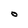
Character: O